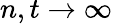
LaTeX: n,t\to\infty